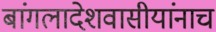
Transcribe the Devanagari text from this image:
बांगलादेशवासीयांनाच